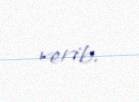
verib.